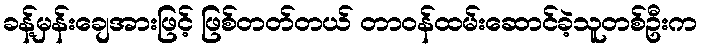
ခန့်မှန်းချေအားဖြင့် ဖြစ်တတ်တယ် တာဝန်ထမ်းဆောင်ခဲ့သူတစ်ဦးက